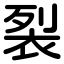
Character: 裂